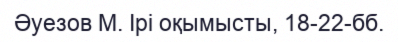
Әуезов М. Ірі оқымысты, 18-22-бб.